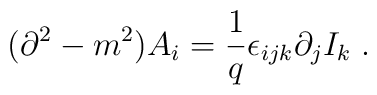
(\partial ^{2}-m^{2})A_{i}=\frac{1}{q}\epsilon _{ijk}\partial _{j}I_{k}\;.